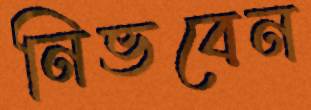
নিভবেন